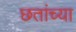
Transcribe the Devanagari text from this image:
छतांच्या